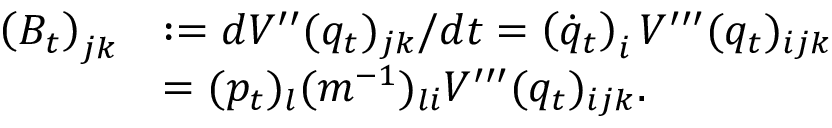
\begin{array} { r l } { \left( B _ { t } \right) _ { j k } } & { : = d V ^ { \prime \prime } ( q _ { t } ) _ { j k } / d t = \left( \dot { q } _ { t } \right) _ { i } V ^ { \prime \prime \prime } ( q _ { t } ) _ { i j k } } \\ & { = ( p _ { t } ) _ { l } ( m ^ { - 1 } ) _ { l i } V ^ { \prime \prime \prime } ( q _ { t } ) _ { i j k } . } \end{array}